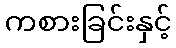
ကစားခြင်းနှင့်